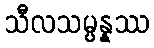
သီလသမ္ပန္နဿ